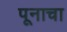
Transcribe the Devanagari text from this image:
पूनाचा